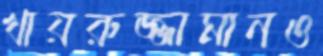
খায়রুজ্জামানও